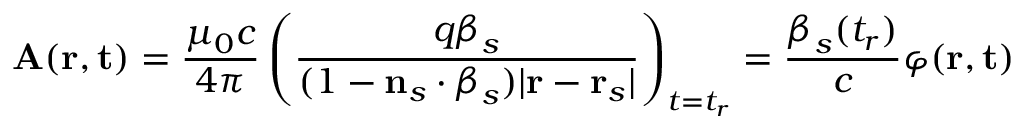
\mathbf { A } ( \mathbf { r } , \mathbf { t } ) = { \frac { \mu _ { 0 } c } { 4 \pi } } \left( { \frac { q { \boldsymbol { \beta } } _ { s } } { ( 1 - \mathbf { n } _ { s } \cdot { \boldsymbol { \beta } } _ { s } ) | \mathbf { r } - \mathbf { r } _ { s } | } } \right) _ { t = t _ { r } } = { \frac { { \boldsymbol { \beta } } _ { s } ( t _ { r } ) } { c } } \varphi ( \mathbf { r } , \mathbf { t } )